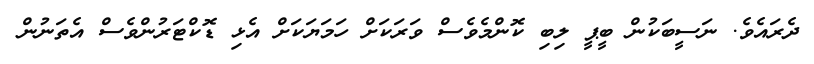
ދެރައެވެ. ނަސީބަކުން ބީޕީ ލިބި ކޮންމެވެސް ވަރަކަށް ހަމަޔަކަށް އެޅި ޑޮކްޓަރުންވެސް އެތަނުން